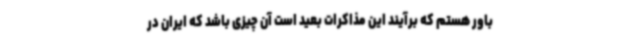
باور هستم که برآیند این مذاکرات بعید است آن چیزی باشد که ایران در